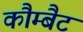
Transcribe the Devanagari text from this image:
कौम्बैट